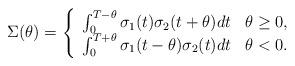
LaTeX: \begin{align*}\Sigma(\theta)=\left\{\begin{array}{ll}\int_0^{T-\theta}\sigma_1(t)\sigma_2(t+\theta)dt & \theta\geq0, \\\int_{0}^{T+\theta}\sigma_1(t-\theta)\sigma_2(t)dt & \theta<0.\end{array}\right.\end{align*}